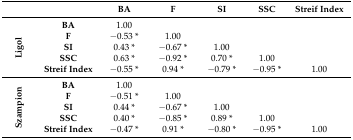
<table><thead><tr><td></td><td></td><td><b>BA</b></td><td><b>F</b></td><td><b>SI</b></td><td><b>SSC</b></td><td><b>Streif Index</b></td></tr></thead><tbody><tr><td rowspan="5"><b>Ligol</b></td><td><b>BA</b></td><td>1.00</td><td></td><td></td><td></td><td></td></tr><tr><td><b>F</b></td><td>−0.53 *</td><td>1.00</td><td></td><td></td><td></td></tr><tr><td><b>SI</b></td><td>0.43 *</td><td>−0.67 *</td><td>1.00</td><td></td><td></td></tr><tr><td><b>SSC</b></td><td>0.63 *</td><td>−0.92 *</td><td>0.70 *</td><td>1.00</td><td></td></tr><tr><td><b>Streif Index</b></td><td>−0.55 *</td><td>0.94 *</td><td>−0.79 *</td><td>−0.95 *</td><td>1.00</td></tr><tr><td rowspan="5"><b>Szampion</b></td><td><b>BA</b></td><td>1.00</td><td></td><td></td><td></td><td></td></tr><tr><td><b>F</b></td><td>−0.51 *</td><td>1.00</td><td></td><td></td><td></td></tr><tr><td><b>SI</b></td><td>0.44 *</td><td>−0.67 *</td><td>1.00</td><td></td><td></td></tr><tr><td><b>SSC</b></td><td>0.40 *</td><td>−0.85 *</td><td>0.89 *</td><td>1.00</td><td></td></tr><tr><td><b>Streif Index</b></td><td>−0.47 *</td><td>0.91 *</td><td>−0.80 *</td><td>−0.95 *</td><td>1.00</td></tr></tbody></table>